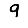
Digit: 9